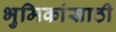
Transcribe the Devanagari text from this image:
भुमिकांसाठी